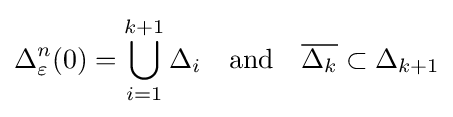
\Delta _{\varepsilon }^{n}(0)=\bigcup _{i=1}^{k+1}\Delta _{i}\quad {\text{and}}\quad {\overline {\Delta _{k}}}\subset \Delta _{k+1}